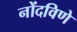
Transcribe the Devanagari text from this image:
नोंदविणे